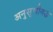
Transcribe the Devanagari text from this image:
अनुसूचीबद्ध